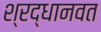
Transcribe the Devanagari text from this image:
श्रद्धानवत